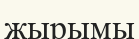
жырымы